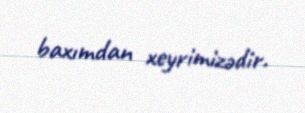
baxımdan xeyrimizədir.